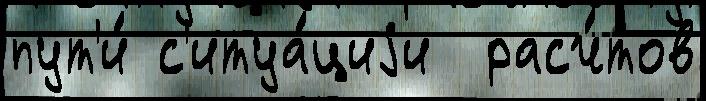
пут'и́ с'итуа́циjи  расч́тов